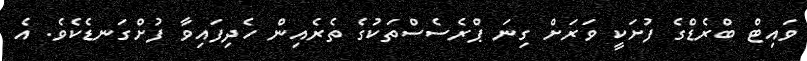
ވައިޓް ބްރެޑްގެ ފުށަކީ ވަރަށް ގިނަ ޕްރެސެސްތަކުގެ ތެރެއިން ހެދިފައިވާ ފުށްގަނޑެކެވެ. އެ